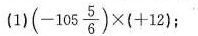
(1)$$( - 1 0 5 \frac { 5 } { 6 } ) \times ( + 1 2 )$$；